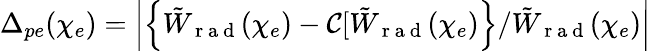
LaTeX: \Delta_{pe}(\chi_{e})=\left|\left\{ \tilde{W}_{\mathrm{~r~a~d~}}(\chi_{e})-\mathcal{C}[\tilde{W}_{\mathrm{~r~a~d~}}(\chi_{e})\right\} /\tilde{W}_{\mathrm{~r~a~d~}}(\chi_{e})\right|